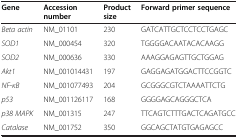
<table><thead><tr><td><b>Gene</b></td><td><b>Accession number</b></td><td><b>Product size</b></td><td><b>Forward primer sequence</b></td></tr></thead><tbody><tr><td><i>Beta actin</i></td><td>NM_01101</td><td>230</td><td>GATCATTGCTCCTCCTGAGC</td></tr><tr><td><i>SOD1</i></td><td>NM_000454</td><td>320</td><td>TGGGGACAATACACAAGG</td></tr><tr><td><i>SOD2</i></td><td>NM_000636</td><td>330</td><td>AAAGGAGAGTTGCTGGAG</td></tr><tr><td><i>Akt1</i></td><td>NM_001014431</td><td>197</td><td>GAGGAGATGGACTTCCGGTC</td></tr><tr><td><i>NF</i>-<i>κB</i></td><td>NM_001077493</td><td>204</td><td>GCGGGCGTCTAAAATTCTG</td></tr><tr><td><i>p53</i></td><td>NM_001126117</td><td>168</td><td>GGGGAGCAGGGCTCA</td></tr><tr><td><i>p38 MAPK</i></td><td>NM_001315</td><td>247</td><td>TTCAGTCTTTGACTCAGATGCC</td></tr><tr><td><i>Catalase</i></td><td>NM_001752</td><td>350</td><td>GGCAGCTATGTGAGAGCC</td></tr></tbody></table>